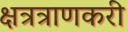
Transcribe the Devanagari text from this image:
क्षत्रत्राणकरी